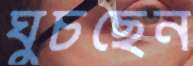
ঘুচছেন